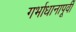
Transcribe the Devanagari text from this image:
गर्भाधानापूर्वी